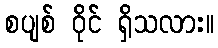
စပျစ် ဝိုင် ရှိသလား။